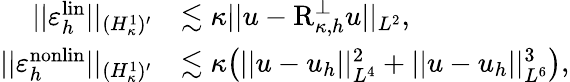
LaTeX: \begin{array}{rl}{\lvert|\varepsilon_{h}^{\mathrm{lin}}\rvert|_{(H_{\kappa}^{1})^{\prime}}}&{\lesssim\kappa\lvert|u-\textup{R}_{\kappa,h}^{\perp}u\rvert|_{L^{2}},}\\ {\lvert|\varepsilon_{h}^{\mathrm{nonlin}}\rvert|_{(H_{\kappa}^{1})^{\prime}}}&{\lesssim\kappa\bigl(\lvert|u-u_{h}\rvert|_{L^{4}}^{2}+\lvert|u-u_{h}\rvert|_{L^{6}}^{3}\bigr),}\end{array}